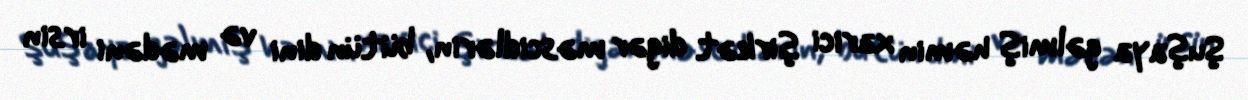
Şuşaya gəlmiş həmin xarici şirkət digər məscidlərin, bütün dini və mədəni irsin